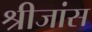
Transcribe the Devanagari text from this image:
श्रीजांस